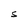
Character: S